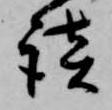
談